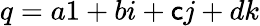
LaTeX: q=a1+bi+\mathsf{c}j+dk